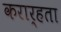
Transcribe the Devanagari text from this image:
करार्हता